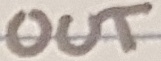
Text: OUT